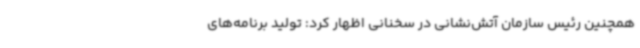
همچنین رئیس سازمان آتش‌نشانی در سخنانی اظهار کرد: تولید برنامه‌های